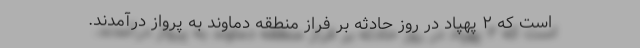
است که ۲ پهپاد در روز حادثه بر فراز منطقه دماوند به پرواز درآمدند.